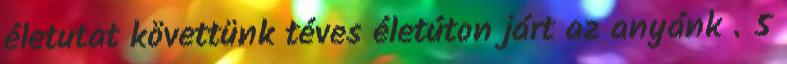
életutat követtünk téves életúton járt az anyánk . 5